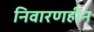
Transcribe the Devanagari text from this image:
निवारणहीन